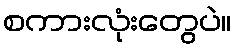
စကားလုံးတွေပဲ။